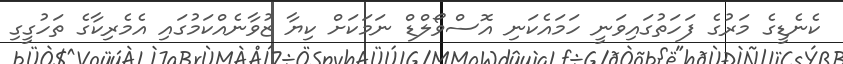
ކެނެޑީގެ މަރުގެ ފަހަތުގައިވަނީ ހަމައެކަނި އޮސްވޯލްޑް ނަމަކަށް ކިޔާ ޒުވާނެއްކަމުގައި އެމެރިކާގެ ތަހުގީގި